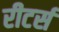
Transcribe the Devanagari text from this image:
रीटर्स